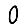
Digit: 0